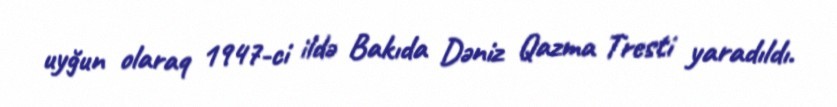
uyğun olaraq 1947-ci ildə Bakıda Dəniz Qazma Tresti yaradıldı.